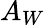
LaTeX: A_{W}